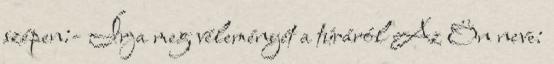
szépen:- Írja meg véleményét a túráról Az Ön neve: